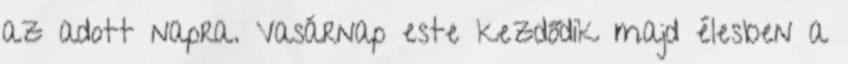
az adott napra. Vasárnap este kezdődik majd élesben a